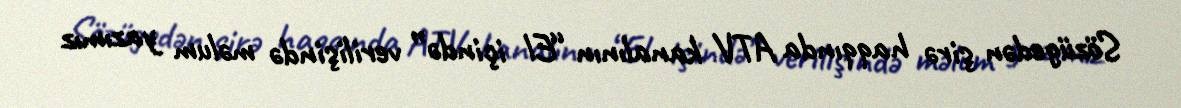
Sözügedən şirə haqqında ATV kanalının “El içində” verilişində məlum yazımız